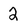
Character: 2